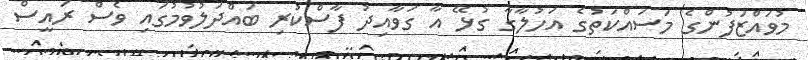
މުވައްޒަފުންގެ މަސައްކަތުގެ އަހުލާގާ ގުޅޭ އާ ގަވާއިދު ފާސްކުރި ބައްދަލުވުމުގައި ވެސް ރައީސް